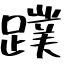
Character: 蹼